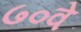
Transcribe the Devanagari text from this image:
७०वे